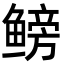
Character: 鳑